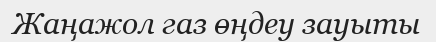
Жаңажол газ өңдеу зауыты